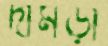
দামড়ী